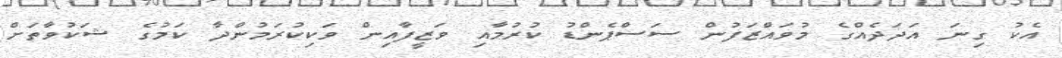
އެކު ގިނަ އަދަދެއްގެ މުވައްޒަފުން ސަސްޕެންޑު ކުރުމާއި ވަޒީފާއިން ވަކިކުރަމުންދާ ކަމުގެ ޝަކުވާތަށް